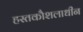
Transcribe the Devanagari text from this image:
हस्तकौशलाधीन